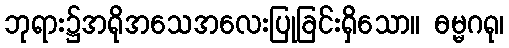
ဘုရား၌အရိုအသေအလေးပြုခြင်းရှိသော။ ဓမ္မဂရု၊